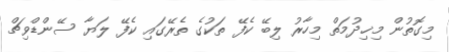
މިގޮތުން މިޚިދުމަތް މިހާރު ލިބޭ ކެފޭ ތަކުގެ ތެރޭގައި ކެފޭ ލަޔާ ސޭންޑްވިޗް